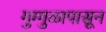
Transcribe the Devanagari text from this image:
गुग्गुळापासून